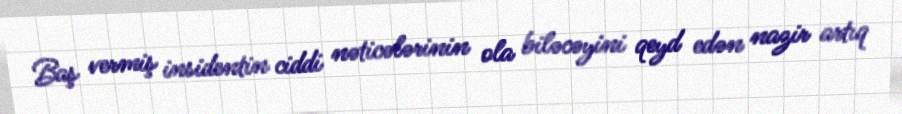
Baş vermiş insidentin ciddi nəticələrinin ola biləcəyini qeyd edən nazir artıq